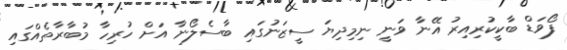
ފޯވަޑް ބާކީކުރިއިރު އޭނާ ވަނީ ނިމިދިޔަ ސީޒަނުގައި ބާސެލޯނާ އަށް ހުރިހާ މުބާރާތެއްގައި